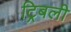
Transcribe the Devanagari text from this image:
ट्रिबली